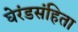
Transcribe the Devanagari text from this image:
घेरंडसंहिता